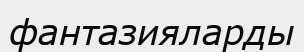
фантазияларды